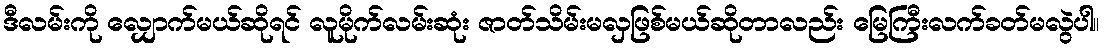
ဒီလမ်းကို လျှောက်မယ်ဆိုရင် လူမိုက်လမ်းဆုံး ဇာတ်သိမ်းမလှဖြစ်မယ်ဆိုတာလည်း မြေကြီးလက်ခတ်မလွဲပါ။